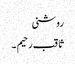
روشنی
ثاقب رحیم ۔